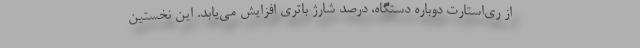
از ری‌استارت دوباره دستگاه، درصد شارژ باتری افزایش می‌یابد. این نخستین